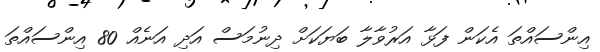
އިންސައްތަ އެކަން ފަޅާ އަރުވާލާ ބަޔަކަށް ދިނުމަސް އަދި އަނެއް 80 އިންސައްތަ